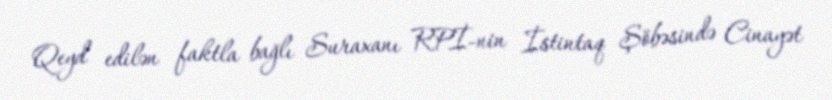
Qeyd edilən faktla bağlı Suraxanı RPİ-nin İstintaq Şöbəsində Cinayət